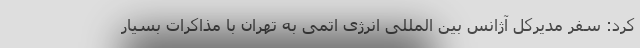
کرد: سفر مدیرکل آژانس بین المللی انرژی اتمی به تهران با مذاکرات بسیار